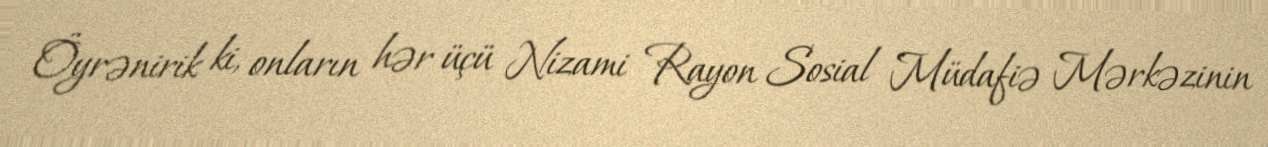
Öyrənirik ki, onların hər üçü Nizami Rayon Sosial Müdafiə Mərkəzinin